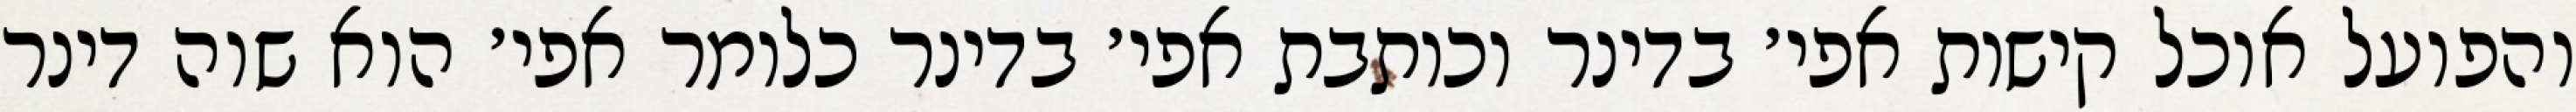
והפועל אוכל קישות אפי׳ בדינר וכותבת אפי׳ בדינר כלומר אפי׳ הוא שוה דינר